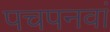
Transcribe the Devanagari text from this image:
पचपनवां